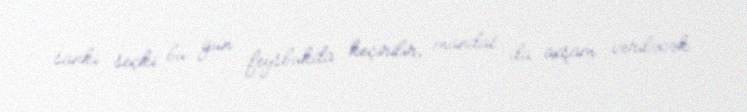
sanki seçki bu gün feysbukda keçirilir, mandat da axşam veriləcək.